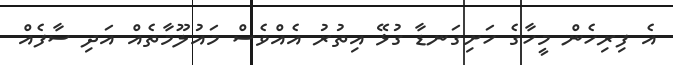
އެ ފިރިހެން މީހާގެ ހަށިގަނޑާ ގުޅޭ އިތުރު އެއްވެސް މައުލޫމާތެއް އަދި ސާފެއް